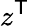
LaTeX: z^{\textsf{T}}